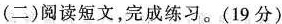
(二)阅读短文，完成练习。(19分)